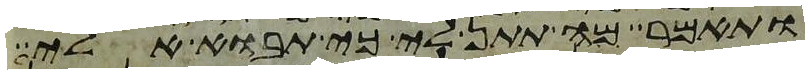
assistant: ותאמר מה תתן לי כי תבוא אלי